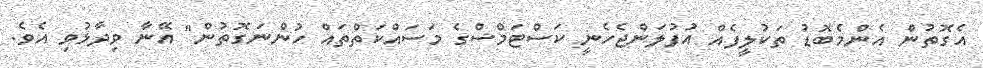
އެގޮތުން އެންމެބޮޑު ތަކުލީފެއް އުފުލަންޖެހެނީ ކަސްޓަމްސްގެ މަސައްކަތްތައް ހުންނަގޮތުން" އޭނާ ވިދާޅުވި އެވެ.